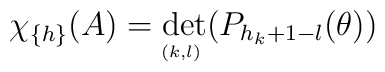
\chi_{\{h\}}(A)=\det_{_{\hskip -2pt (k,l)}}                 \bigl(P_{h_k+1-l}(\theta)\bigr)